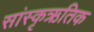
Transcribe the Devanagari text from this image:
सांस्कृऋतिक